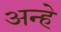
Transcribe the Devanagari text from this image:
अन्हे